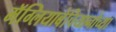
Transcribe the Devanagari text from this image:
मॅग्लियाबेचियानोच्या